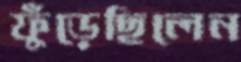
ফুঁড়েছিলেন